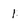
Character: 1